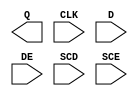
module sky130_fd_sc_ms__sedfxtp (
    Q  ,
    CLK,
    D  ,
    DE ,
    SCD,
    SCE
);

    output Q  ;
    input  CLK;
    input  D  ;
    input  DE ;
    input  SCD;
    input  SCE;

    // Voltage supply signals
    supply1 VPWR;
    supply0 VGND;
    supply1 VPB ;
    supply0 VNB ;

endmodule